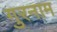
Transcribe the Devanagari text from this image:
गुरनाम